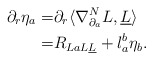
\begin{align*}\partial_r \eta_a = & \partial_r \langle \nabla^N_{\partial_a}L, \underline L \rangle \\=& R_{LaL \underline L} +l_a^b \eta_b.\end{align*}